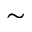
\sim